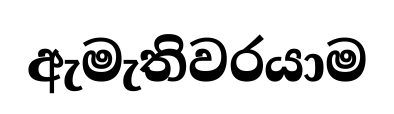
ඇමැතිවරයාම